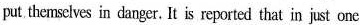
put.themselves in danger. It is reported that in just one